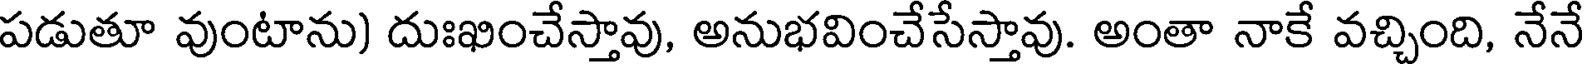
పడుతూ వుంటాను) దుఃఖించేస్తావు, అనుభవించేసేస్తావు. అంతా నాకే వచ్చింది, నేనే